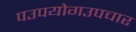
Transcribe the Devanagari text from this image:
पउपयोगउपचार